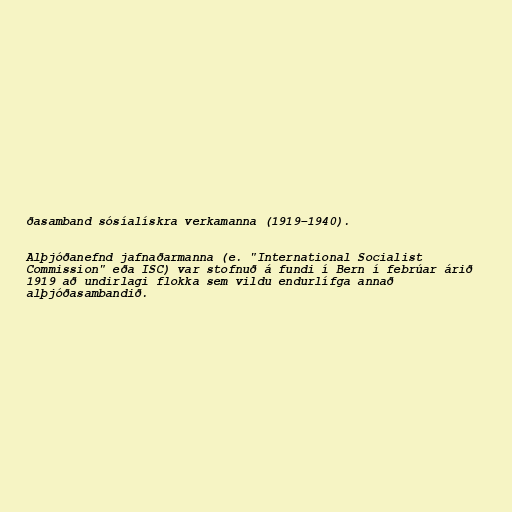
ðasamband sósíalískra verkamanna (1919–1940).

Alþjóðanefnd jafnaðarmanna (e. "International Socialist
Commission" eða ISC) var stofnuð á fundi í Bern í febrúar árið
1919 að undirlagi flokka sem vildu endurlífga annað
alþjóðasambandið.